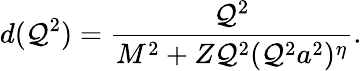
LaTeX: d(\mathcal{Q}^{2})={\frac{{\mathcal{Q}^{2}}}{{M^{2}+Z\mathcal{Q}^{2}(\mathcal{Q}^{2}a^{2})^{\eta}}}}.